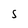
Character: S